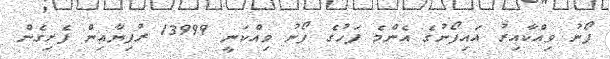
ފޯނު ވިއްކާއިރު އައިފޯނުގެ އެންމެ ފަހުގެ ފޯނު ވިއްކަނީ 13999 ރުފިޔާއިން ފެށިގެން